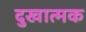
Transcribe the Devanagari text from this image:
दुखात्मक